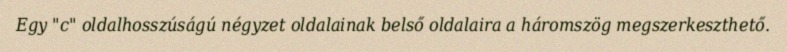
Egy "c" oldalhosszúságú négyzet oldalainak belső oldalaira a háromszög megszerkeszthető.